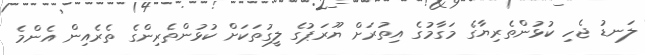
ލަނޑު ޖެހި ކުޅުންތެރިޔާގެ މަގާމުގެ އިތުރަށް ޔޫރަޕުގެ ލީގުތަކަށް ކުޅުންތެރިންގެ ތެރެއިން އެންމެ